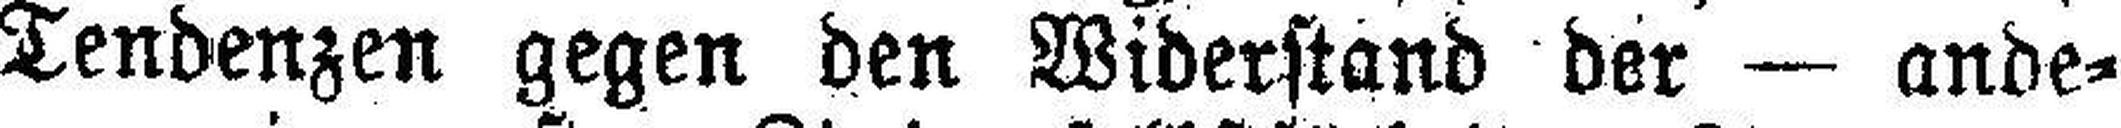
Tendenzen gegen den Widerstand der — ande¬